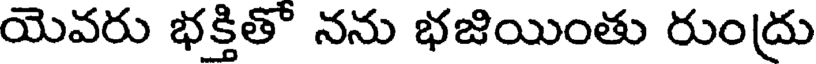
యెవరు భక్తితో నను భజియింతు రుంద్రు